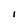
Character: I